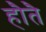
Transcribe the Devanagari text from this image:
हौतै